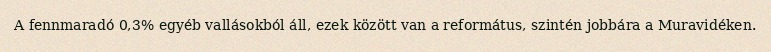
A fennmaradó 0,3% egyéb vallásokból áll, ezek között van a református, szintén jobbára a Muravidéken.